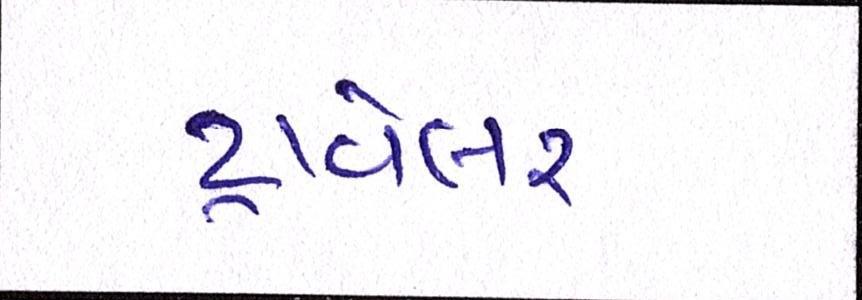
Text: ટ્રાવેલર